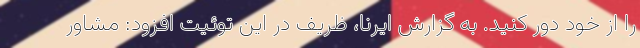
را از خود دور کنید. به گزارش ایرنا، ظریف در این توئیت افزود: مشاور